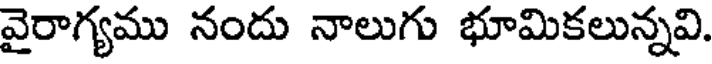
వైరాగ్యము నందు నాలుగు భూమికలున్నవి.